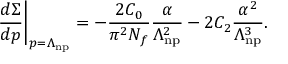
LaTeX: \frac { d \Sigma } { d p } \bigg | _ { p = \Lambda _ { \mathrm { n p } } } = - \frac { 2 C _ { 0 } } { \pi ^ { 2 } N _ { f } } { \frac { \alpha } { \Lambda _ { \mathrm { n p } } ^ { 2 } } } - 2 C _ { 2 } \frac { \alpha ^ { 2 } } { \Lambda _ { \mathrm { n p } } ^ { 3 } } .